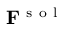
\mathbf { F } ^ { \mathrm { ~ s ~ o ~ l ~ } }